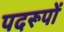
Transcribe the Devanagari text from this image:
पदरूपों